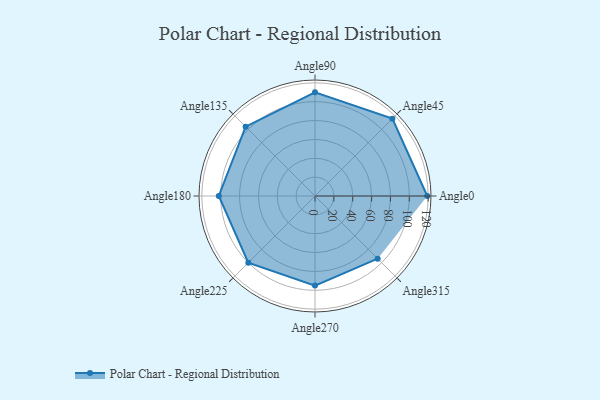
{"axis": {"x": "Angle", "y": "Radius"}, "legend": [""], "data": [{"x": "Angle0", "y": 119.0, "type": ""}, {"x": "Angle45", "y": 116.0, "type": ""}, {"x": "Angle90", "y": 110.0, "type": ""}, {"x": "Angle135", "y": 104.0, "type": ""}, {"x": "Angle180", "y": 102.0, "type": ""}, {"x": "Angle225", "y": 100.0, "type": ""}, {"x": "Angle270", "y": 95.0, "type": ""}, {"x": "Angle315", "y": 94.0, "type": ""}]}